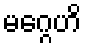
မဂ္ဂေဟိ